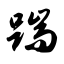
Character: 踹